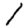
Digit: 1